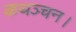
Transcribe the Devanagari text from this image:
कथञ्चन।